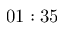
0 1 : 3 5